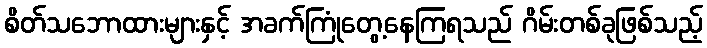
စိတ်သဘောထားများနှင့် အခက်ကြုံတွေ့နေကြရသည် ဂိမ်းတစ်ခုဖြစ်သည့်